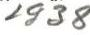
1938